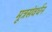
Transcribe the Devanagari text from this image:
मूत्रसंवर्धन